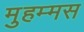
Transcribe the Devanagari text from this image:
मुहम्मस